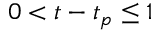
0 < t - t _ { p } \leq 1